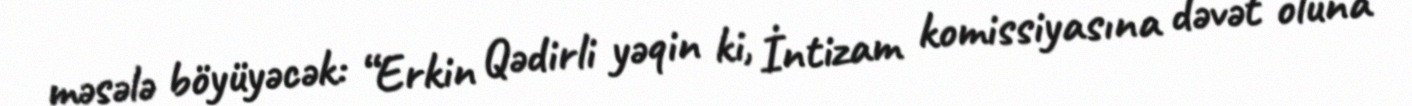
məsələ böyüyəcək: “Erkin Qədirli yəqin ki, İntizam komissiyasına dəvət oluna